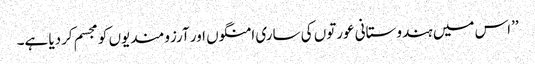
’’اس میں ہندوستانی عورتوں کی ساری امنگوں اور آرزومندیوں کو مجسم کردیا ہے۔